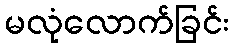
မလုံလောက်ခြင်း